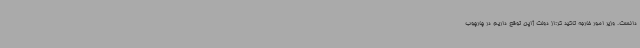
دانست. وزیر امور خارجه تاکید کر:از دولت ژاپن توقع داریم در چارچوب